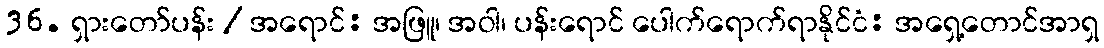
36. ရှားတော်ပန်း / အရောင်: အဖြူ၊ အဝါ၊ ပန်းရောင် ပေါက်ရောက်ရာနိုင်ငံ: အရှေ့တောင်အာရှ